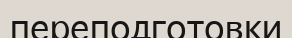
переподготовки